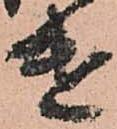
遣